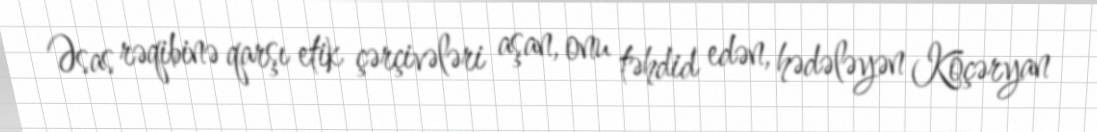
Əsas rəqibinə qarşı etik çərçivələri aşan, onu təhdid edən, hədələyən Köçəryan